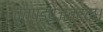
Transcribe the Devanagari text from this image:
व्तपइपेजवदद्ध